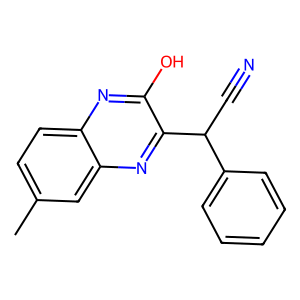
SMILES: Cc1ccc2nc(O)c(C(C#N)c3ccccc3)nc2c1
Inhibits HIV replication: No